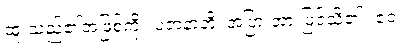
ထူးသည်၏အဖြစ်ကို။ ပဇာနာတိ၊ အပြားအားဖြင့်သိ၏။ ဧဝံ၊